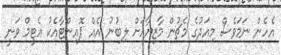
އެހެން ނަމަވެސް މިއަދުގެ މެޗުން މާޒިޔާއަށް ލިބުނު އެއް ޕޮއިންޓާއެކު އެޓީމް ވަނީ